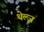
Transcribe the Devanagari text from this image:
थेल्ज